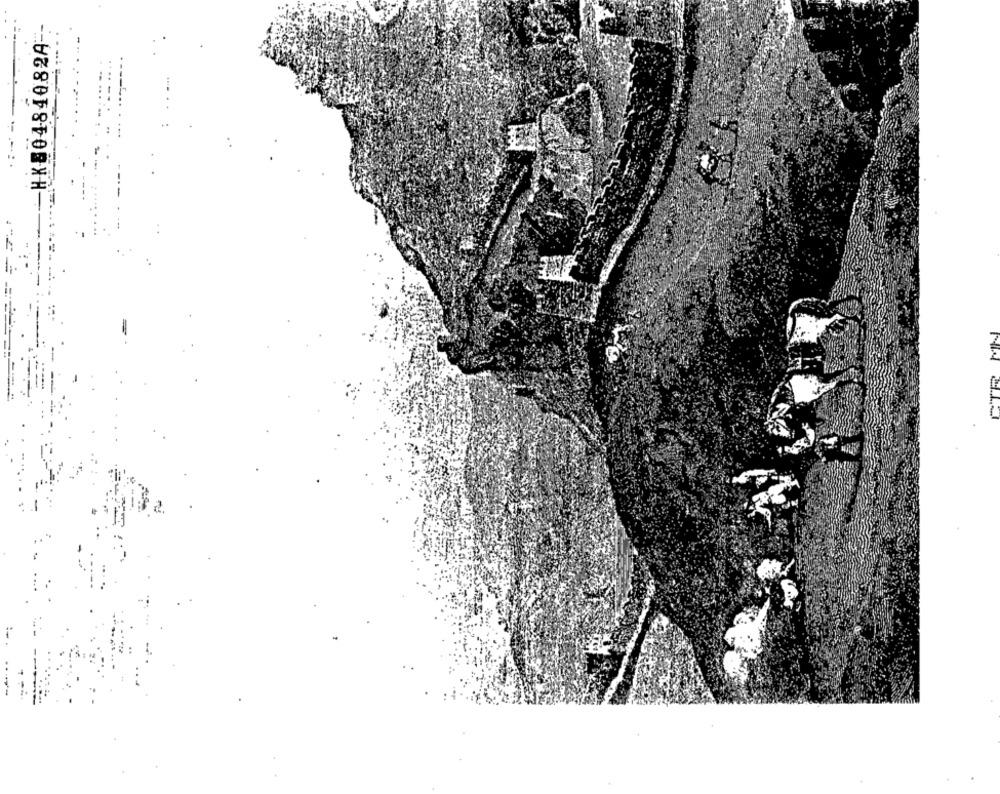
HK80484082A-